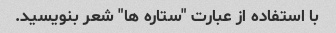
با استفاده از عبارت "ستاره ها" شعر بنویسید.